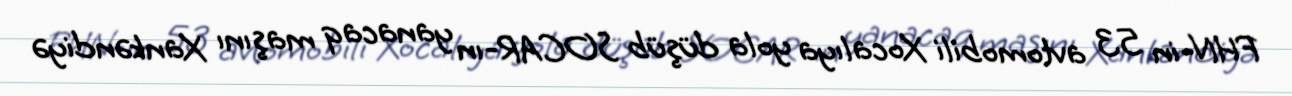
FHN-in 53 avtomobili Xocalıya yola düşüb SOCAR-ın yanacaq maşını Xankəndiyə